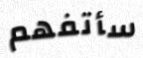
سأتفهم